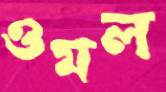
ওমল